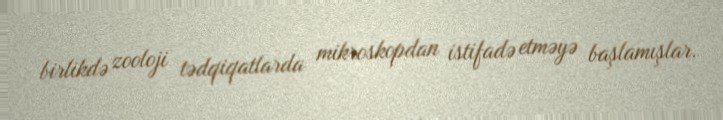
birlikdə zooloji tədqiqatlarda mikroskopdan istifadə etməyə başlamışlar.